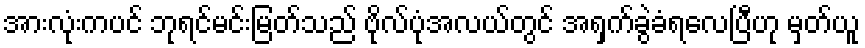
အားလုံးကပင် ဘုရင်မင်းမြတ်သည် ဗိုလ်ပုံအလယ်တွင် အရှက်ခွဲခံရလေပြီဟု မှတ်ယူ